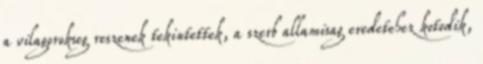
a vilagorokseg reszenek tekintettek, a szerb allamisag eredetehez kotodik,